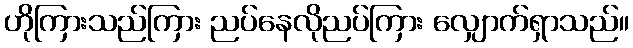
ဟိုကြားသည်ကြား ညပ်နေလိုညပ်ကြား လျှောက်ရှာသည်။